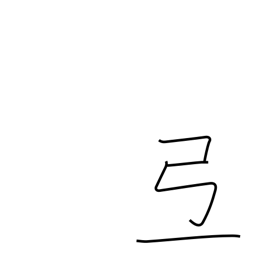
Meaning: phoneme only